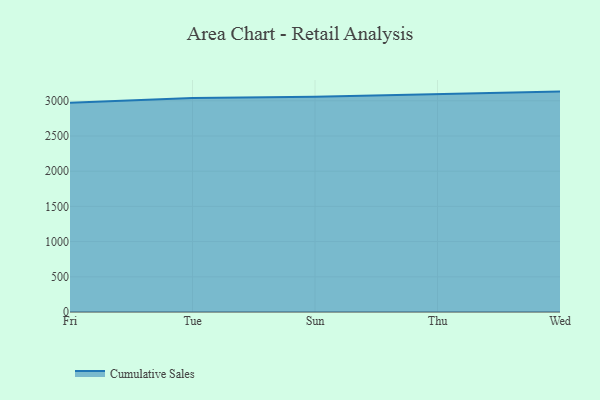
{"axis": {"x": "Day", "y": "Satisfaction Score"}, "legend": ["Cumulative Sales"], "data": [{"x": "Fri", "y": 2971.0, "type": "Cumulative Sales"}, {"x": "Tue", "y": 3039.6, "type": "Cumulative Sales"}, {"x": "Sun", "y": 3058.1, "type": "Cumulative Sales"}, {"x": "Thu", "y": 3089.5, "type": "Cumulative Sales"}, {"x": "Wed", "y": 3130.4, "type": "Cumulative Sales"}]}